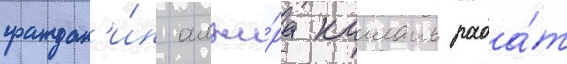
граждан'и́н алжи́ра камаль раба́т